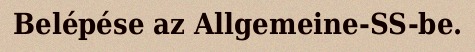
Belépése az Allgemeine-SS-be.